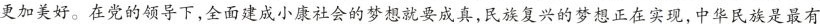
更加美好。在党的领导下，全面建成小康社会的梦想就要成真，民族复兴的梦想正在实现，中华民族是最有